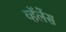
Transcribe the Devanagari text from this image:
व्हॅलेंस